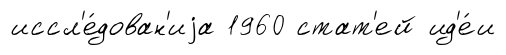
иссл'е́дован'иjа 1960 стат'ей ид'е́и